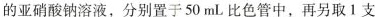
的亚硝酸钠溶液，分别置于50mL比色管中，再另取1支